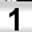
Digit: 1